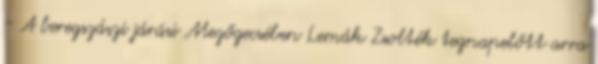
- A beregszászi járási Mezőgecsében Lemák Zsolték tegnapelőtt arra